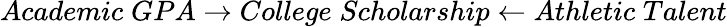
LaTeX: Academic\; GPA\rightarrow College\; Scholarship\leftarrow Athletic\; Talent